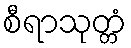
စီရာသုတ္တံ